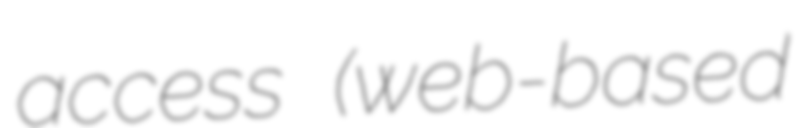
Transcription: access (web-based